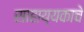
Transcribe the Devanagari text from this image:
साहाय्यकाचे